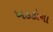
ખડકોના